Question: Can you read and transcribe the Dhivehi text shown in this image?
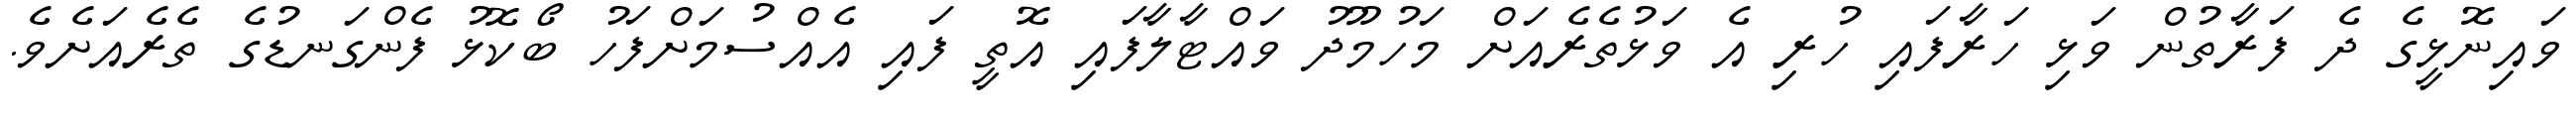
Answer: ވައިނޮޅީގެ ދެ ފަރާތުން ވަޅި ހަރާފައި ހުރި އެ ވަޅުތެރެއަށް މަހުމޫދު ވައްޓާލާފައި އޮތީ ފައި އެއްސުމަށްފަހު ބޯކޮޅު ފެންގަނޑުގެ ތެރެއަށެވެ.